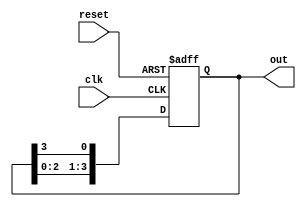
module ring_counter (
    input wire clk,         // Clock input
    input wire reset,       // Asynchronous reset
    output reg [N-1:0] out  // Output of the ring counter
);
    parameter N = 4; // Number of flip-flops (bits in the ring counter)

    // Initial state
    initial begin
        out = 1'b1; // Start with a single '1' followed by '0's
    end

    always @(posedge clk or posedge reset) begin
        if (reset) begin
            out <= 1'b1; // Reset to initial state
        end else begin
            out <= {out[N-2:0], out[N-1]}; // Shift left and wrap around
        end
    end
endmodule